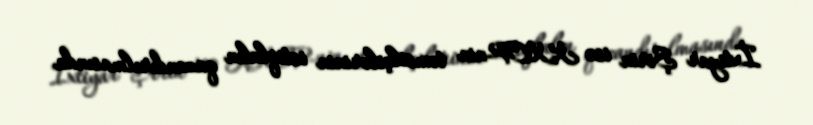
İxtiyar Şirin isə KXCP-nin təmsilçilərinin istiqlalın qazandırılmasında